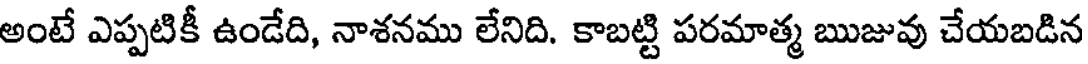
అంటే ఎప్పటికీ ఉండేది, నాశనము లేనిది. కాబట్టి పరమాత్మ ఋజువు చేయబడిన